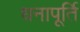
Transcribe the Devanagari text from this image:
धनापूर्ति